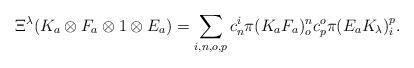
LaTeX: \begin{align*}\Xi^{\lambda}(K_{a}\otimes F_{a}\otimes1\otimes E_{a})=\sum_{i,n,o,p}c_{n}^{i}\pi(K_{a}F_{a})_{o}^{n}c_{p}^{o}\pi(E_{a}K_{\lambda})_{i}^{p}.\end{align*}